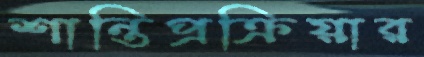
শান্তিপ্রক্রিয়ার